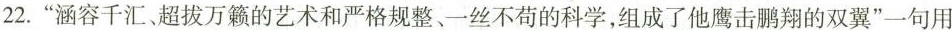
22.”涵容千汇。超拔万籁的艺术和严格规整、一丝不苟的科学，组成了他鹰击鹏翔的双翼”一句用